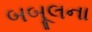
બબૂલના